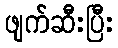
ဖျက်ဆီးပြီး